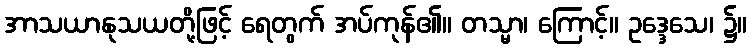
အာသယာနုသယတို့ဖြင့် ရေတွက် အပ်ကုန်၏။ တသ္မာ၊ ကြောင့်။ ဥဒ္ဒေသေ၊ ၌။